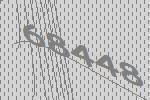
68448